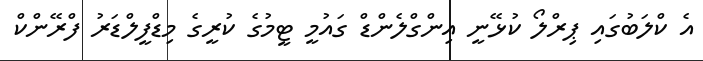
އެ ކްލަބުގައި ޕިރްލޯ ކުޅޭނީ އިންގްލެންޑް ގައުމީ ޓީމުގެ ކުރީގެ މިޑްފީލްޑަރު ފްރޭންކް